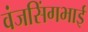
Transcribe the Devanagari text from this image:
वंजसिंगभाई